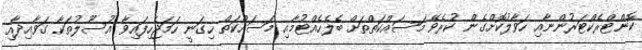
ކޮންޓްރެކްޓަރުންނާއި ހަވާލުކޮށްގެން ކުރެވޭ މަސައްކަތްތަށް ބެލެހެއްޓުމާއި މަސައްކަތް ހިގަނީ ހަމަޖެހިފައިވާ އުސޫލުތަކާ ގަވާއިދާއި